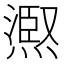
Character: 𭵺